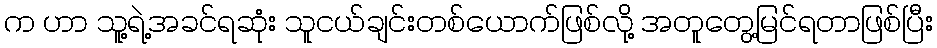
က ဟာ သူ့ရဲ့အခင်ရဆုံး သူငယ်ချင်းတစ်ယောက်ဖြစ်လို့ အတူတွေ့မြင်ရတာဖြစ်ပြီး